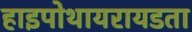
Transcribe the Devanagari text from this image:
हाइपोथायरायडता